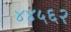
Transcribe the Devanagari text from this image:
४४५६२